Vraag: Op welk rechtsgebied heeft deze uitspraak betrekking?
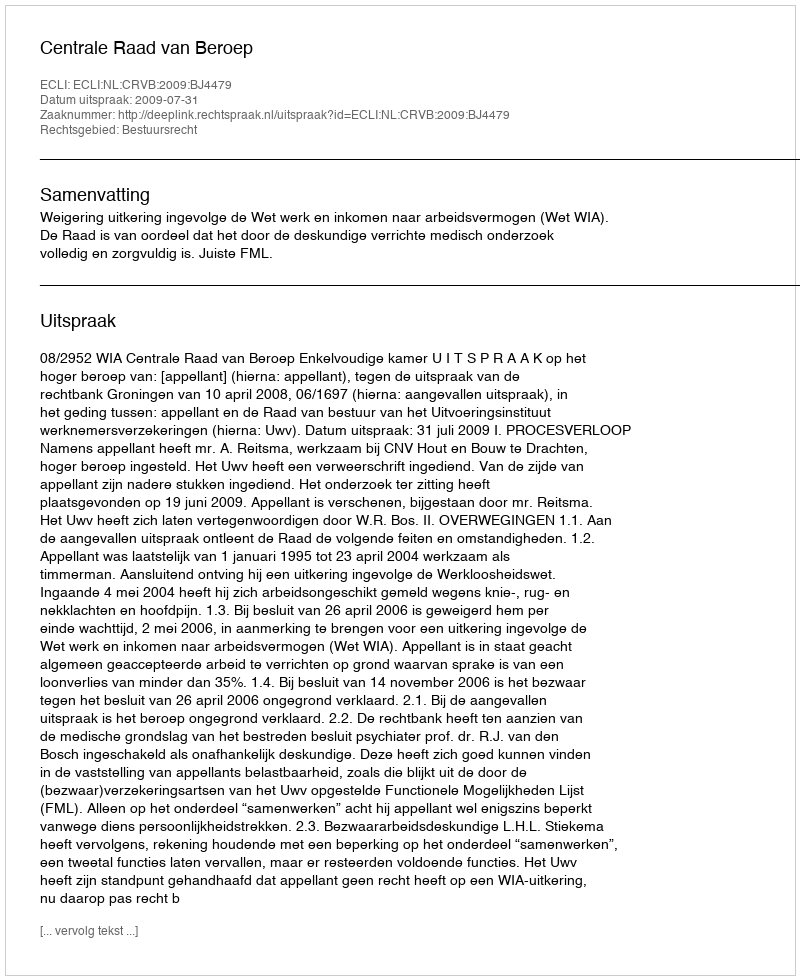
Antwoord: Bestuursrecht